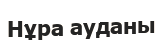
Нұра ауданы